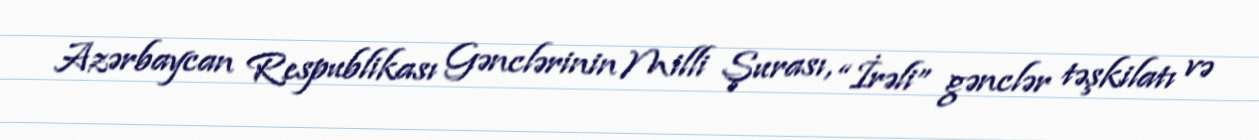
Azərbaycan Respublikası Gənclərinin Milli Şurası, “İrəli” gənclər təşkilatı və